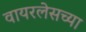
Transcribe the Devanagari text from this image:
वायरलेसच्या